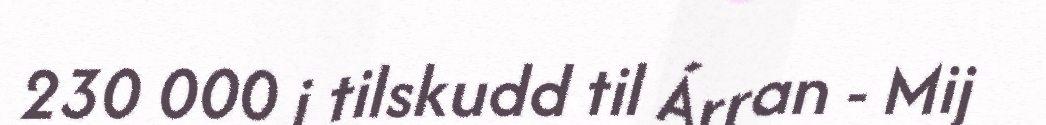
230 000 i tilskudd til Árran - Mij